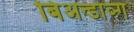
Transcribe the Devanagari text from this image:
बिअन्डाञ्ग